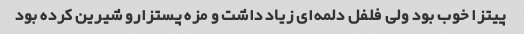
پیتزا خوب بود ولی فلفل دلمه‌ای زیاد داشت و مزه پستزارو شیرین کرده بود